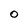
Character: O